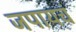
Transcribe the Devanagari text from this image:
जपायचं